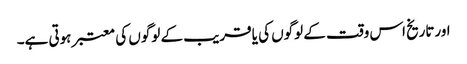
اورتاریخ اس وقت کے لوگوں کی یا قریب کے لوگوں کی معتبر ہوتی ہے۔